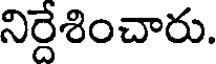
నిర్దేశించారు.